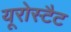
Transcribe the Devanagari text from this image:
यूरोस्टैट